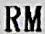
RM